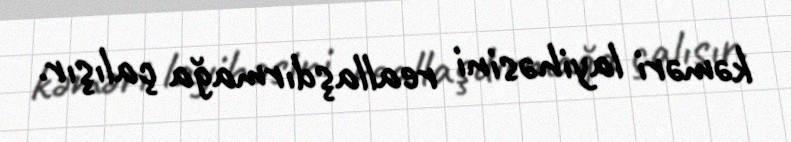
kəməri layihəsini reallaşdırmağa çalışır.